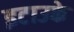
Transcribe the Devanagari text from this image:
इटाउके